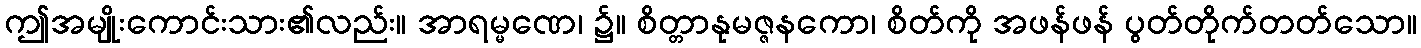
ဤအမျိုးကောင်းသား၏လည်း။ အာရမ္မဏေ၊ ၌။ စိတ္တာနုမဇ္ဇနကော၊ စိတ်ကို အဖန်ဖန် ပွတ်တိုက်တတ်သော။